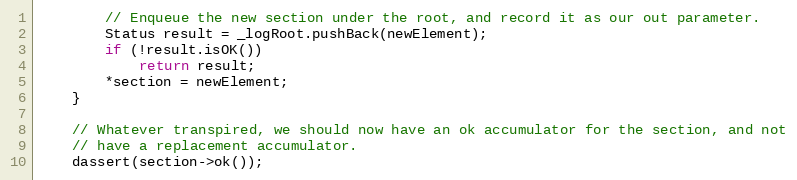
Language: C++
        // Enqueue the new section under the root, and record it as our out parameter.
        Status result = _logRoot.pushBack(newElement);
        if (!result.isOK())
            return result;
        *section = newElement;
    }

    // Whatever transpired, we should now have an ok accumulator for the section, and not
    // have a replacement accumulator.
    dassert(section->ok());